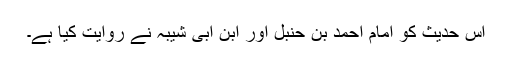
اس حدیث کو امام احمد بن حنبل اور ابن ابی شیبہ نے روایت کیا ہے۔